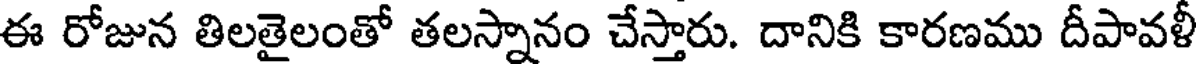
ఈ రోజున తిలతైలంతో తలస్నానం చేస్తారు. దానికి కారణము దీపావళీ